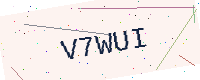
Text: V7WUI